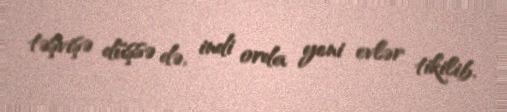
təşvişə düşsə də, indi orda yeni evlər tikilib.